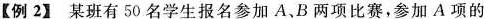
【例2】某班有50名学生报名参加A、B两项比赛，参加A项的